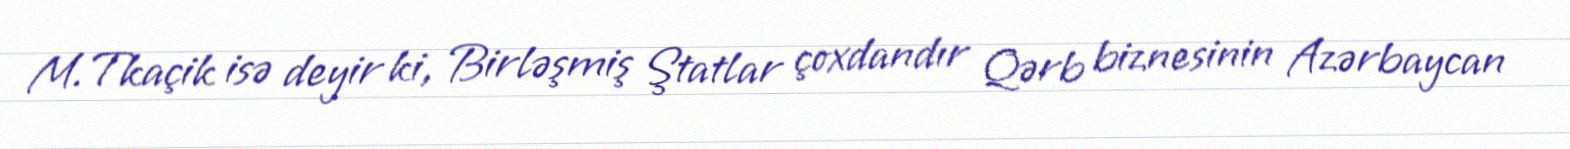
M.Tkaçik isə deyir ki, Birləşmiş Ştatlar çoxdandır Qərb biznesinin Azərbaycan